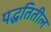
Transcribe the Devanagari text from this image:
पद्धतितील